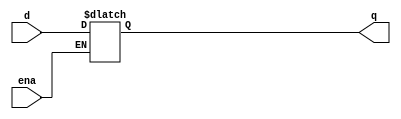
module top_module (
    input d, 
    input ena,
    output q);

    always @(ena)
        if(ena)
            q <= d;
endmodule